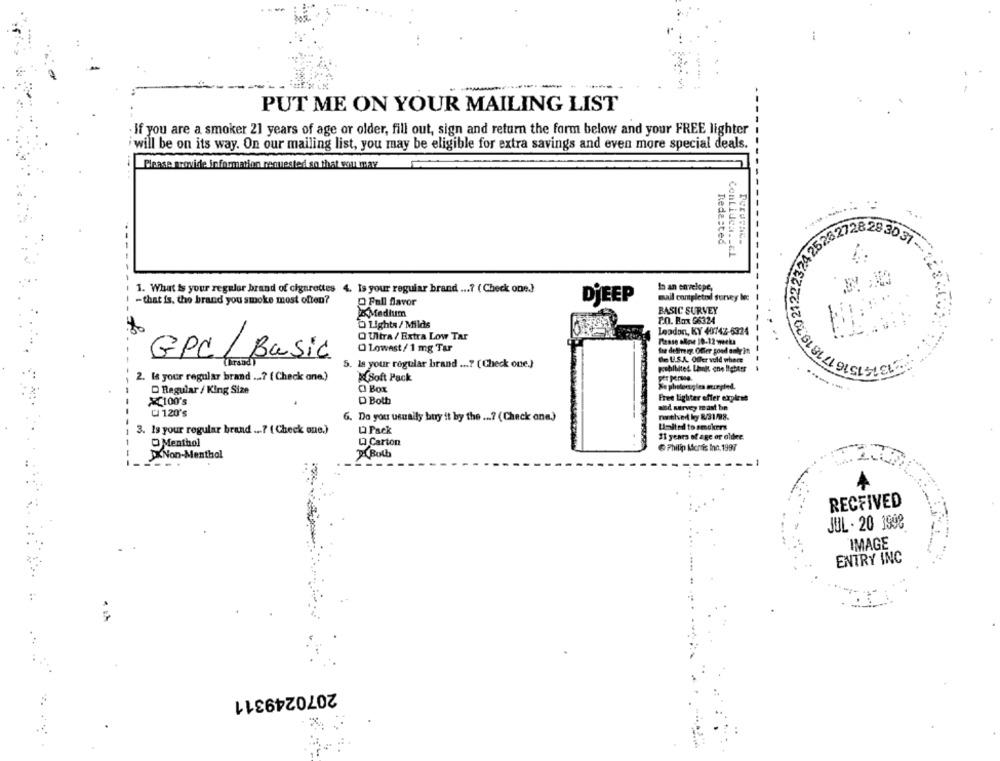
PUT ME ON YOUR MAILING LIST
If you are a smoker 21 years of age or older, fill out, sign and return the form below and your FREE lighter
iwill be on its way. On our mailing list, you may be eligible for extra savings and even more special deals.
Please provide information requested so that wou may
71819.2021222324 252
Rede:ted
25262728 283031
ConLidea.L&l
1. What is your regular brand of cigarettes 4. Is your reguiar brand ...? ( Check one)
In an envelope,
mail contpletod survey lec
- that is. the brand you smoke most often?
O Fall flavor
DjEEP
Medium
BASIC SURVEY
P.O. Box 96324
Lights / Milds
O Ultra / Extra Low Tar
Leadon, KY 40742-6324
Please aline 10-12 weeks
O Lowest / 1 mg Tar
the detime ig. Offer good only in
GPC / Basic
5. Is your regular brand ...? ( Check one.)
de U.S.A. Offer vold where
prohibited Limit one lighttr
2. Is your regular brand ...? ( Check ane.)
Soft Pack
O Box
Ke photoengles morpted.
D Regular / King Size
X100's
D Both
Free Lighter effer explest
U 120's
and survey te ast bon
G. Do you usually bury it by the ...? (Check one)
ruthved lg 8/31/88.
United to smokers
3. Is your regular brand ...? ( Check one.)
L Pack
Q Carton
11 years of age or older.
O Menthol
Philip Morris Inn, 1997
XNon-Menthal
XXBull
:3
RECEIVED
JUL - 20 1908
IMAGE
ENTRY INC
2070249311